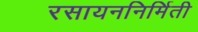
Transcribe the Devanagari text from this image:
रसायननिर्मिती